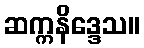
ဆက္ကနိဒ္ဒေသ။